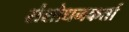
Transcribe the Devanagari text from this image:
संशोधनकर्ता